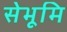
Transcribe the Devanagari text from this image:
सेभूमि